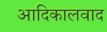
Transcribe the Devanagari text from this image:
आदिकालवाद